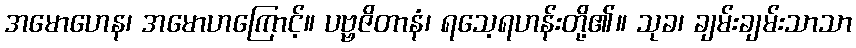
အမောဟေန၊ အမောဟကြောင့်။ ပဗ္ဗဇိတာနံ၊ ရသေ့ရဟန်းတို့၏။ သုခ၊ ချမ်းချမ်းသာသာ